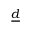
\underline { d }